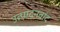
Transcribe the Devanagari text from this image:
उत्पादनवाद